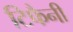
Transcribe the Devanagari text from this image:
टिफैनी